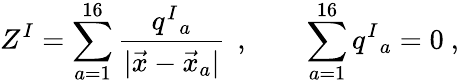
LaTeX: Z^{I}=\sum_{a=1}^{16}{\frac{q^{I}{}_{a}}{|\vec{x}-\vec{x}_{a}|}}\, \ ,\qquad\sum_{a=1}^{16}q^{I}{}_{a}=0\ ,